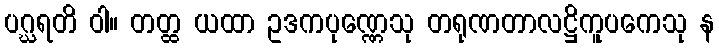
ပဂ္ဃရတိ ဝါ။ တတ္ထ ယထာ ဥဒကပုဏ္ဏေသု တရုဏတာလဋ္ဌိကူပကေသု န